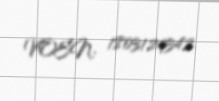
VOEN: 1803129342